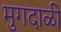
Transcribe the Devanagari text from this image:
मुगदाळी